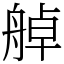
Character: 䑲